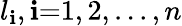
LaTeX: l_{\mathbf{i}},\mathbf{i}{=}1,2,...,n